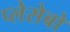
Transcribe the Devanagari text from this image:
प्लेसेबो